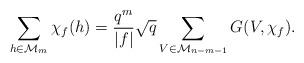
LaTeX: \begin{align*} \sum_{h \in \mathcal{M}_m} \chi_f(h) = \frac{q^m}{|f|} \sqrt{q} \sum_{V \in \mathcal{M}_{n-m-1}} G(V,\chi_f). \end{align*}